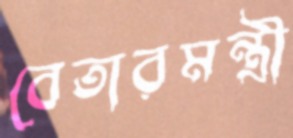
বেতারমন্ত্রী